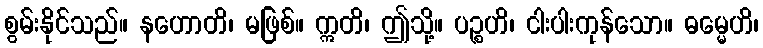
စွမ်းနိုင်သည်။ နဟောတိ၊ မဖြစ်။ ဣတိ၊ ဤသို့။ ပဉ္စဟိ၊ ငါးပါးကုန်သော။ ဓမ္မေဟိ၊